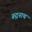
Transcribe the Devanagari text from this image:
रूद्रनाथ